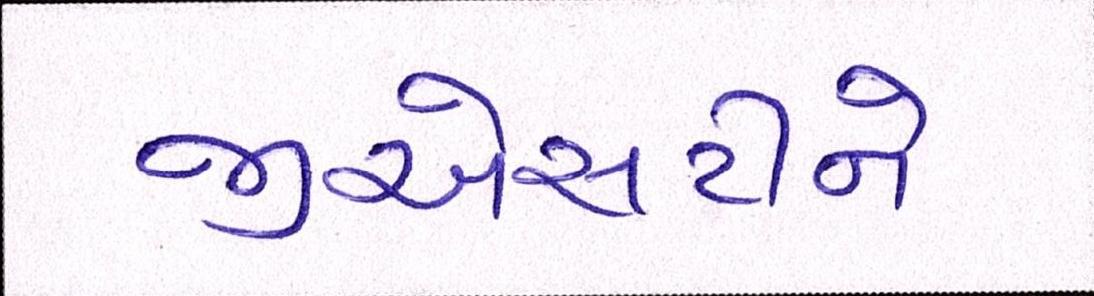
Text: જીએસટીને